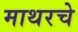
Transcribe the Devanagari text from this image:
माथरचे